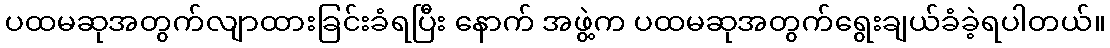
ပထမဆုအတွက်လျာထားခြင်းခံရပြီး နောက် အဖွဲ့က ပထမဆုအတွက်ရွေးချယ်ခံခဲ့ရပါတယ်။